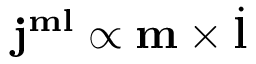
\mathbf { j } ^ { \mathbf { m l } } \propto \mathbf { m } \times \dot { \mathbf { l } }